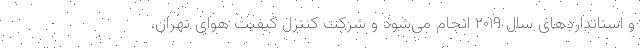
و استانداردهای سال ۲۰۱۹ انجام می‌شود و شرکت کنترل کیفیت هوای تهران،